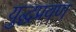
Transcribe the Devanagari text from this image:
युद्धप्रवण